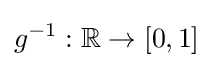
g^{-1}:\mathbb {R} \rightarrow [0,1]